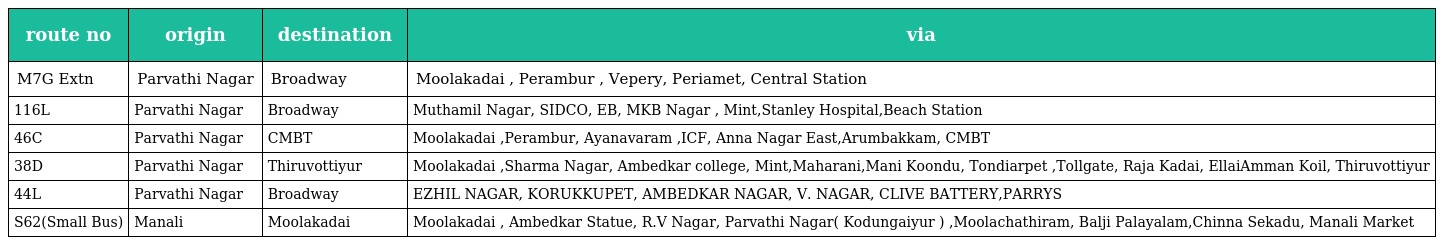
| route no | origin | destination | via |
 | --- | --- | --- | --- |
 | M7G Extn | Parvathi Nagar | Broadway | Moolakadai , Perambur , Vepery, Periamet, Central Station |
 | 116L | Parvathi Nagar | Broadway | Muthamil Nagar, SIDCO, EB, MKB Nagar , Mint,Stanley Hospital,Beach Station |
 | 46C | Parvathi Nagar | CMBT | Moolakadai ,Perambur, Ayanavaram ,ICF, Anna Nagar East,Arumbakkam, CMBT |
 | 38D | Parvathi Nagar | Thiruvottiyur | Moolakadai ,Sharma Nagar, Ambedkar college, Mint,Maharani,Mani Koondu, Tondiarpet ,Tollgate, Raja Kadai, EllaiAmman Koil, Thiruvottiyur |
 | 44L | Parvathi Nagar | Broadway | EZHIL NAGAR, KORUKKUPET, AMBEDKAR NAGAR, V. NAGAR, CLIVE BATTERY,PARRYS |
 | S62(Small Bus) | Manali | Moolakadai | Moolakadai , Ambedkar Statue, R.V Nagar, Parvathi Nagar( Kodungaiyur ) ,Moolachathiram, Balji Palayalam,Chinna Sekadu, Manali Market |